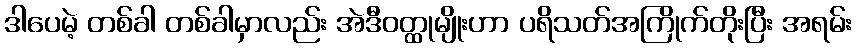
ဒါပေမဲ့ တစ်ခါ တစ်ခါမှာလည်း အဲဒီဝတ္ထုမျိုးဟာ ပရိသတ်အကြိုက်တိုးပြီး အရမ်း